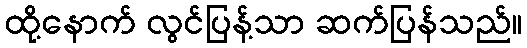
ထို့နောက် လွင်ပြန့်သာ ဆက်ပြန်သည်။